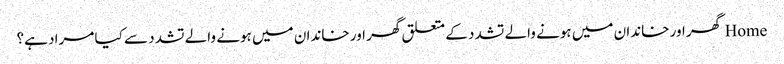
Home گھر اور خاندان میں ہونے والے تشدد کے متعلق گھر اور خاندان میں ہونے والے تشدد سے کیا مراد ہے؟